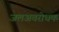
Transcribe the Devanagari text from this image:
जलअवरोधक